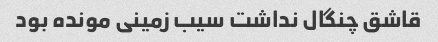
قاشق چنگال نداشت سیب زمینی مونده بود